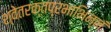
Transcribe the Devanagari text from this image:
श्वेतरक्तप्रभाभिन्नं